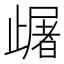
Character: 𣦠